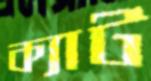
ক্যাট